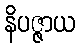
နိပဇ္ဇာယ